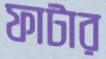
ফাটার